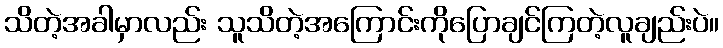
သိတဲ့အခါမှာလည်း သူသိတဲ့အကြောင်းကိုပြောချင်ကြတဲ့လူချည်းပဲ။